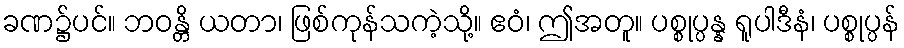
ခဏ၌ပင်။ ဘဝန္တိ ယတာ၊ ဖြစ်ကုန်သကဲ့သို့။ ဧဝံ၊ ဤအတူ။ ပစ္စုပ္ပန္န ရူပါဒီနံ၊ ပစ္စုပ္ပန်